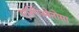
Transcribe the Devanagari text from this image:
एस्पिओनोसा